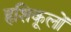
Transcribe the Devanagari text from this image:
हृशिकूलों